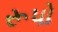
રૂપો